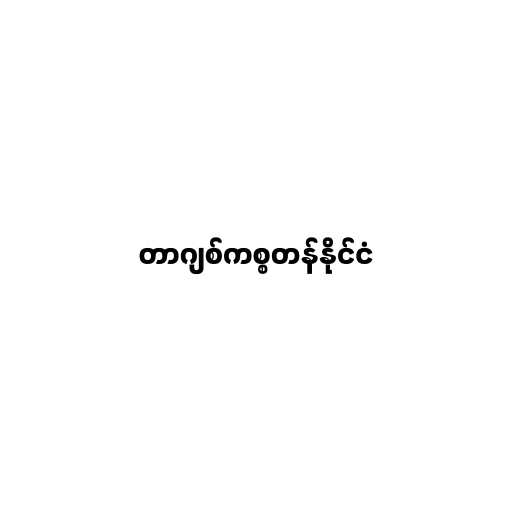
တာဂျစ်ကစ္စတန်နိုင်ငံ